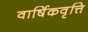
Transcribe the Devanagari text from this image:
वार्षिकवृत्ति